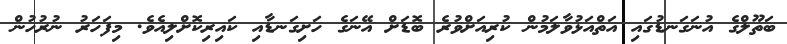
ބަތޫލްގެ އުނަގަނޑުގައި އަތްއަޅުވާލަމުން ކުރިއަށްވުރެ ބޮޑަށް އޭނަގެ ހަށިގަނޑާއި ކައިރިކޮށްލިއެވެ. މިފަހަރު ނުރުހުން